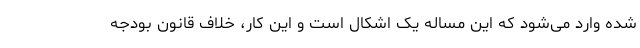
شده وارد می‌شود که این مساله یک اشکال است و این کار، خلاف قانون بودجه